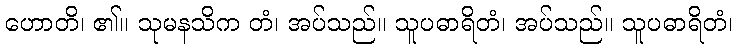
ဟောတိ၊ ၏။ သုမနသိက တံ၊ အပ်သည်။ သူပဓာရိတံ၊ အပ်သည်။ သူပဓာရိတံ၊